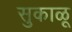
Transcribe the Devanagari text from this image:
सुकाळू